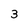
Character: 3